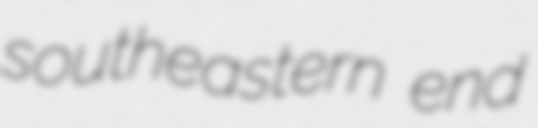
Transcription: southeastern end